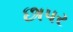
છાપર